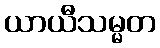
ယာယီသမ္မတ